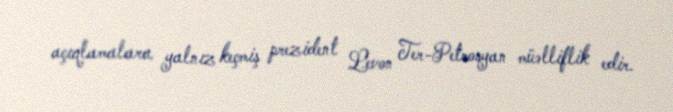
açıqlamalara yalnız keçmiş prezident Levon Ter-Petrosyan müəlliflik edir.